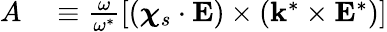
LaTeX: \begin{array}{rl}{A}&{{}\equiv\frac{\omega}{\omega^{*}}\left[\left(\boldsymbol{\chi}_{s}\cdot\mathbf{E}\right)\times\left(\mathbf{k}^{*}\times\mathbf{E}^{*}\right)\right]}\end{array}